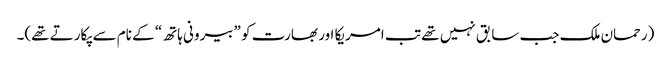
(رحمان ملک جب سابق نہیں تھے تب امریکا اور بھارت کو ”بیرونی ہاتھ“ کے نام سے پکارتے تھے)۔